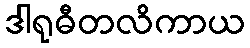
ဒါရုဓီတလိကာယ